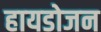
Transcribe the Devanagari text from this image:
हायडोजन